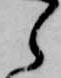
ら